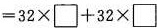
$$= 3 2 \times \box + 3 2 \times \box$$